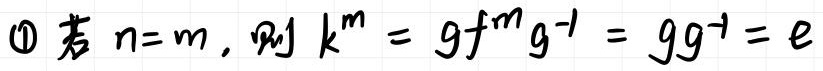
\textcircled{1} 若 $n = m$, 则 $k^{m}=gf^{m}g^{-1}=gg^{-1}=e$